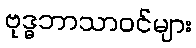
ဗုဒ္ဓဘာသာဝင်များ